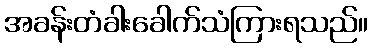
အခန်းတံခါးခေါက်သံကြားရသည်။